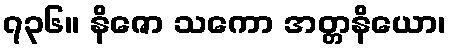
၇၃၆။ နိဇော သကော အတ္တနိယော၊